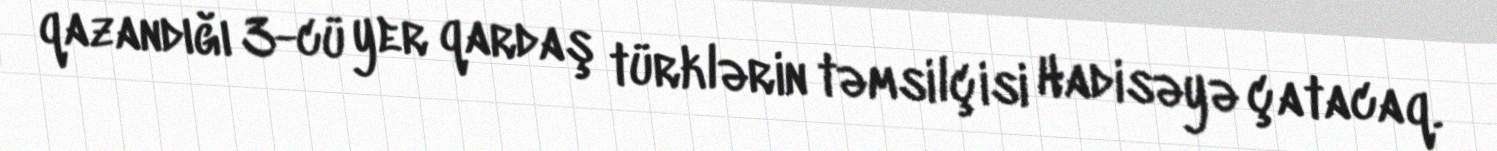
qazandığı 3-cü yer qardaş türklərin təmsilçisi Hadisəyə çatacaq.